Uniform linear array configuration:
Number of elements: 12
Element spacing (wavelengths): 0.75
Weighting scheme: blackman
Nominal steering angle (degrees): -60
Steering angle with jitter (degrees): -59.196
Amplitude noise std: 0.05
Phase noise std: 0.05

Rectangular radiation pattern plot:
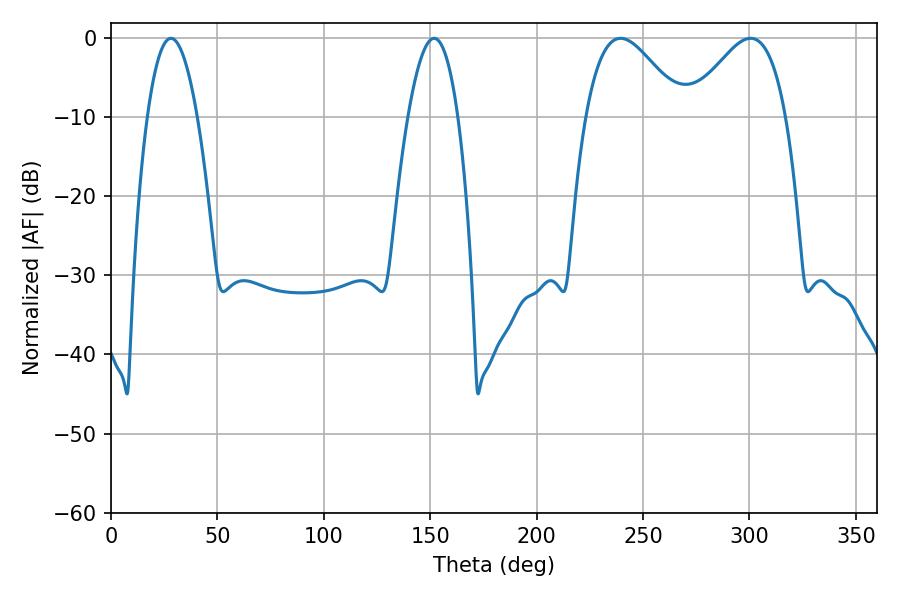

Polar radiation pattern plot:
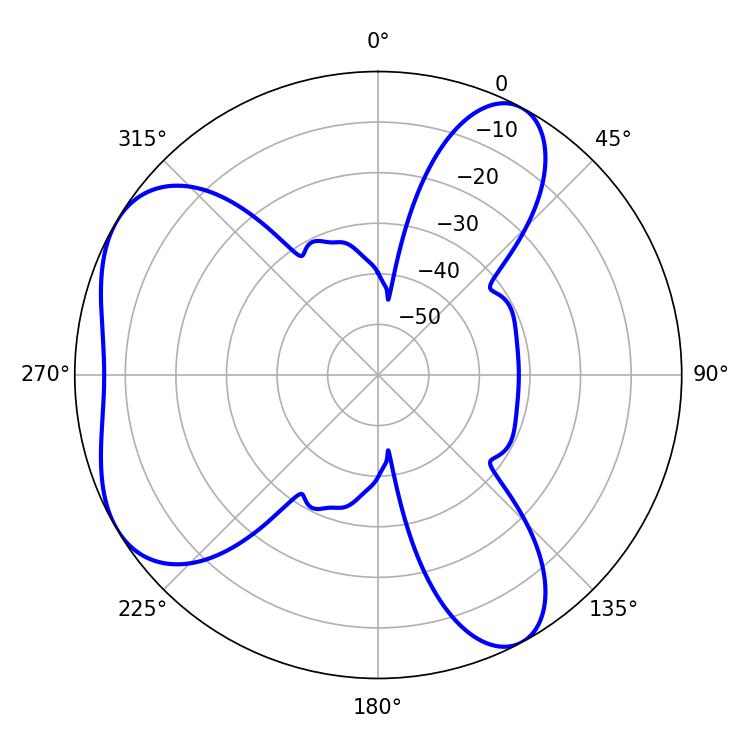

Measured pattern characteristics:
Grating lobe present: TRUE
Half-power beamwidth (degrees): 24.3
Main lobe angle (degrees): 239.4